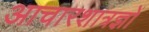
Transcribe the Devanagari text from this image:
आचारशात्रज्ञों